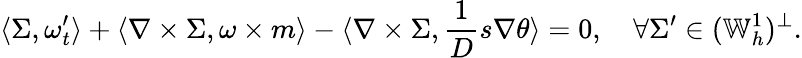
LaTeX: \langle\Sigma,\omega_{t}^{\prime}\rangle+\langle\nabla\times\Sigma,\omega\times m\rangle-\langle\nabla\times\Sigma,\frac{1}{D}s\nabla\theta\rangle=0,\quad\forall\Sigma^{\prime}\in(\mathbb{W}_{h}^{1})^{\perp}.